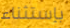
بإستثناء